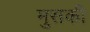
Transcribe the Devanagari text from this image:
मुसकी